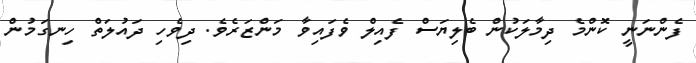
ފެންނަނީ ކޮންމެ ދިމާލަކުން ބެލިޔަސް ފެއިލް ވެފައިވާ މަންޒަރެވެ. ދިވެހި ދައުލަތް ހިނގަމުން